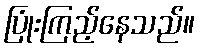
ပြုံးကြည့်နေသည်။